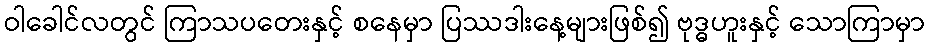
ဝါခေါင်လတွင် ကြာသပတေးနှင့် စနေမှာ ပြဿဒါးနေ့များဖြစ်၍ ဗုဒ္ဓဟူးနှင့် သောကြာမှာ